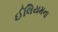
ઈલિયમના